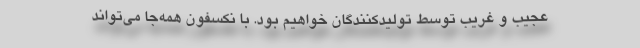
عجیب و غریب توسط تولیدکنندگان خواهیم بود. با نکسفون همه‌جا می‌تواند